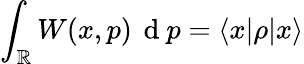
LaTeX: \int_{\mathbb{R}}W(x,p)\, \mathrm{~d~}p=\langle x|\rho|x\rangle